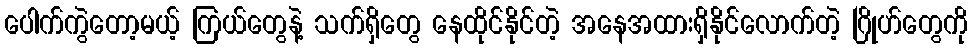
ပေါက်ကွဲတော့မယ့် ကြယ်တွေနဲ့ သက်ရှိတွေ နေထိုင်နိုင်တဲ့ အနေအထားရှိနိုင်လောက်တဲ့ ဂြိုဟ်တွေကို